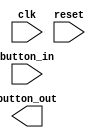
module button_pulse(clk, reset, button_in, button_out);
	 input clk, reset;
	 input button_in;
	 output button_out;
	 
	 reg D0, D1;
	 
	 always @(posedge clk or posedge reset) begin
		if (reset) begin D0 <= 0; D1 <= 0; end
		else begin D0 <= button_in; D1 <= D0; end
		
	end
	assign button_pit = ~D0 & D1;
endmodule